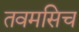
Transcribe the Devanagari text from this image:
तवमसिच